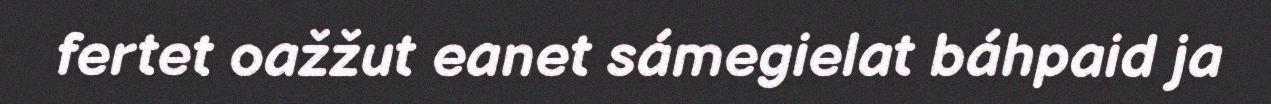
fertet oažžut eanet sámegielat báhpaid ja